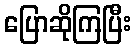
ပြောဆိုကြပြီး